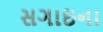
સગાઇના